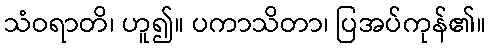
သံဝရာတိ၊ ဟူ၍။ ပကာသိတာ၊ ပြအပ်ကုန်၏။